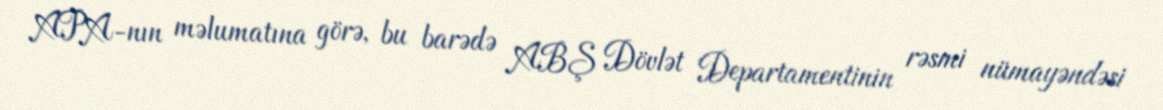
APA-nın məlumatına görə, bu barədə ABŞ Dövlət Departamentinin rəsmi nümayəndəsi